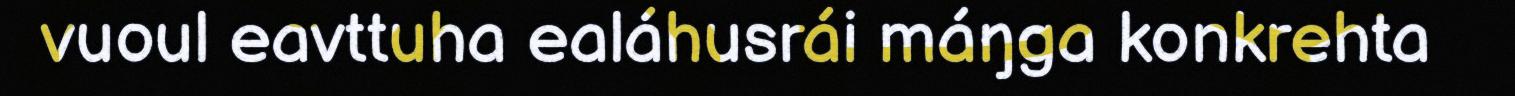
vuoul eavttuha ealáhusrái máŋga konkrehta